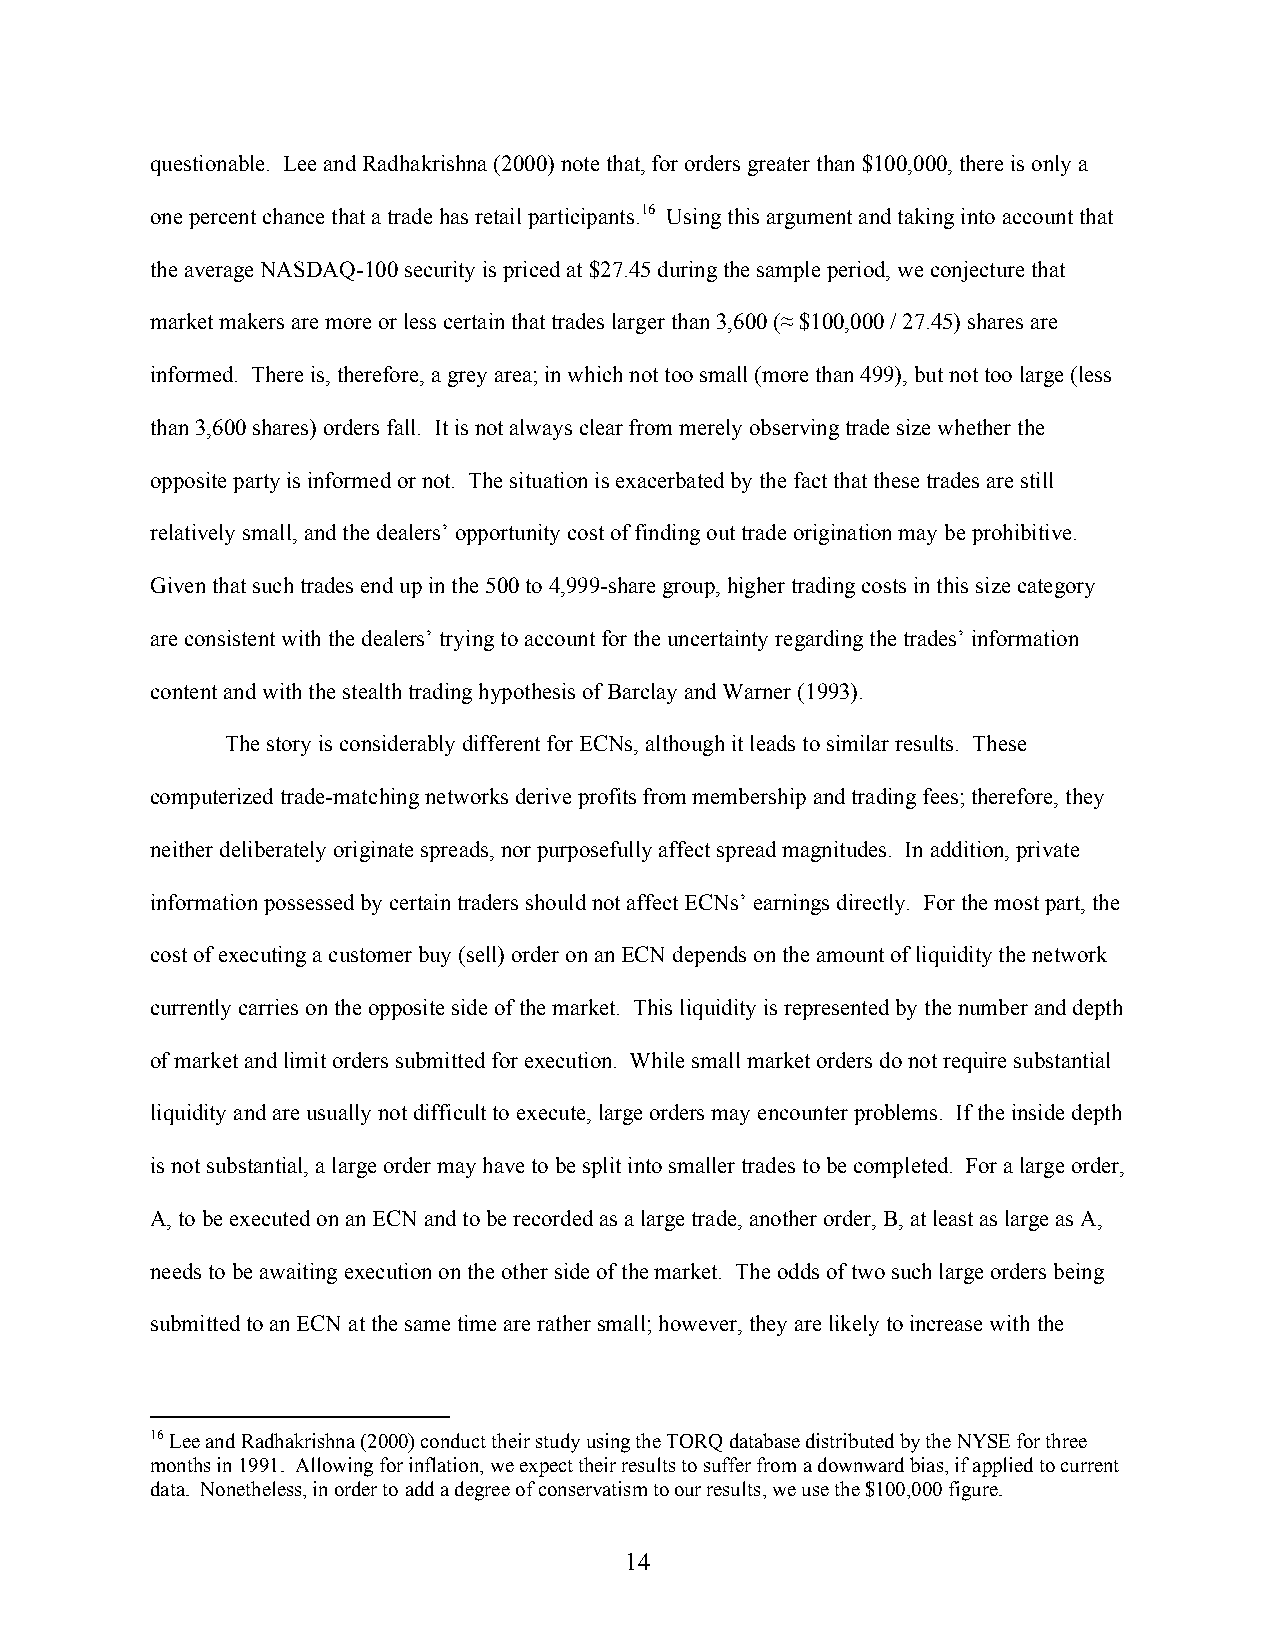
questionable. Lee and Radhakrishna (2000) note that, for orders greater than $100,000, there is only a
 one percent chance that a trade has retail participants.16 Using this argument and taking into account that
 the average NASDAQ-100 security is priced at $27.45 during the sample period, we conjecture that
 market makers are more or less certain that trades larger than 3,600 (≈ $100,000 / 27.45) shares are
 informed. There is, therefore, a grey area; in which not too small (more than 499), but not too large (less
 than 3,600 shares) orders fall. It is not always clear from merely observing trade size whether the
 opposite party is informed or not. The situation is exacerbated by the fact that these trades are still
 relatively small, and the dealers’ opportunity cost of finding out trade origination may be prohibitive.
 Given that such trades end up in the 500 to 4,999-share group, higher trading costs in this size category
 are consistent with the dealers’ trying to account for the uncertainty regarding the trades’ information
 content and with the stealth trading hypothesis of Barclay and Warner (1993).
 The story is considerably different for ECNs, although it leads to similar results. These
 computerized trade-matching networks derive profits from membership and trading fees; therefore, they
 neither deliberately originate spreads, nor purposefully affect spread magnitudes. In addition, private
 information possessed by certain traders should not affect ECNs’ earnings directly. For the most part, the
 cost of executing a customer buy (sell) order on an ECN depends on the amount of liquidity the network
 currently carries on the opposite side of the market. This liquidity is represented by the number and depth
 of market and limit orders submitted for execution. While small market orders do not require substantial
 liquidity and are usually not difficult to execute, large orders may encounter problems. If the inside depth
 is not substantial, a large order may have to be split into smaller trades to be completed. For a large order,
 A, to be executed on an ECN and to be recorded as a large trade, another order, B, at least as large as A,
 needs to be awaiting execution on the other side of the market. The odds of two such large orders being
 submitted to an ECN at the same time are rather small; however, they are likely to increase with the
 16 Lee and Radhakrishna (2000) conduct their study using the TORQ database distributed by the NYSE for three
 months in 1991. Allowing for inflation, we expect their results to suffer from a downward bias, if applied to current
 data. Nonetheless, in order to add a degree of conservatism to our results, we use the $100,000 figure.
 14